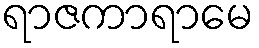
ရာဇကာရာမေ